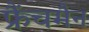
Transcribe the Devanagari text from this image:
फ्रैंचमैन